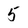
Character: 5